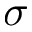
\sigma